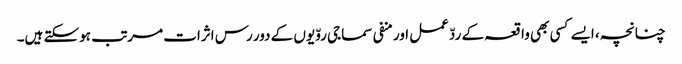
چنانچہ، ایسے کسی بھی واقعہ کے ردّعمل اور منفی سماجی روّیوں کے دور رس اثرات مرتب ہوسکتے ہیں۔